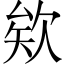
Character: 欸